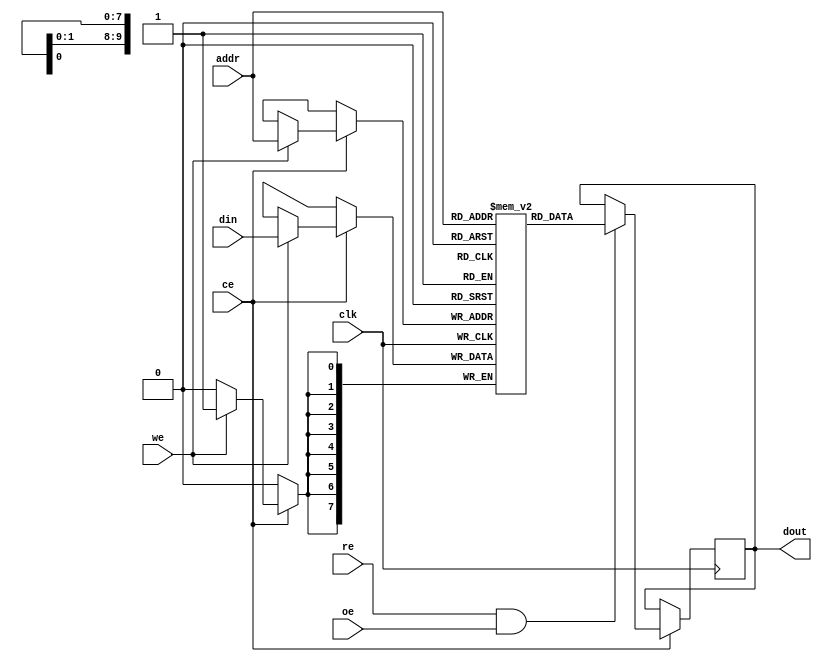
module sync_sram #(
    parameter DATA_WIDTH = 8, // Configurable data width (8, 16, 32, etc.)
    parameter ADDR_WIDTH = 10 // Address width to support 2^ADDR_WIDTH locations
)(
    input wire clk,                // Clock signal
    input wire we,                 // Write enable
    input wire re,                 // Read enable
    input wire [ADDR_WIDTH-1:0] addr, // Address input
    input wire [DATA_WIDTH-1:0] din, // Data input
    output reg [DATA_WIDTH-1:0] dout, // Data output
    input wire ce,                 // Chip enable
    input wire oe                  // Output enable
);

    // Memory array definition
    reg [DATA_WIDTH-1:0] memory [(2**ADDR_WIDTH)-1:0];

    // Read and Write operations
    always @(posedge clk) begin
        if (ce) begin
            if (we) begin
                // Write operation
                memory[addr] <= din;
            end
            if (re && oe) begin
                // Read operation
                dout <= memory[addr];
            end
        end
    end

endmodule